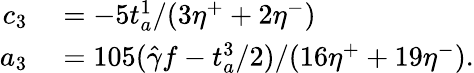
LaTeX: \begin{array}{rl}{c_{3}}&{{}=-5t_{a}^{1}/(3\eta^{+}+2\eta^{-})}\\ {a_{3}}&{{}=105({\hat{\gamma}}f-t_{a}^{3}/2)/(16\eta^{+}+19\eta^{-}).}\end{array}